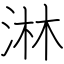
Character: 淋